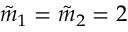
\tilde { m } _ { 1 } = \tilde { m } _ { 2 } = 2